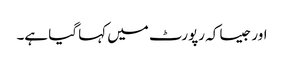
اور جیسا کہ رپورٹ میں کہا گیا ہے۔